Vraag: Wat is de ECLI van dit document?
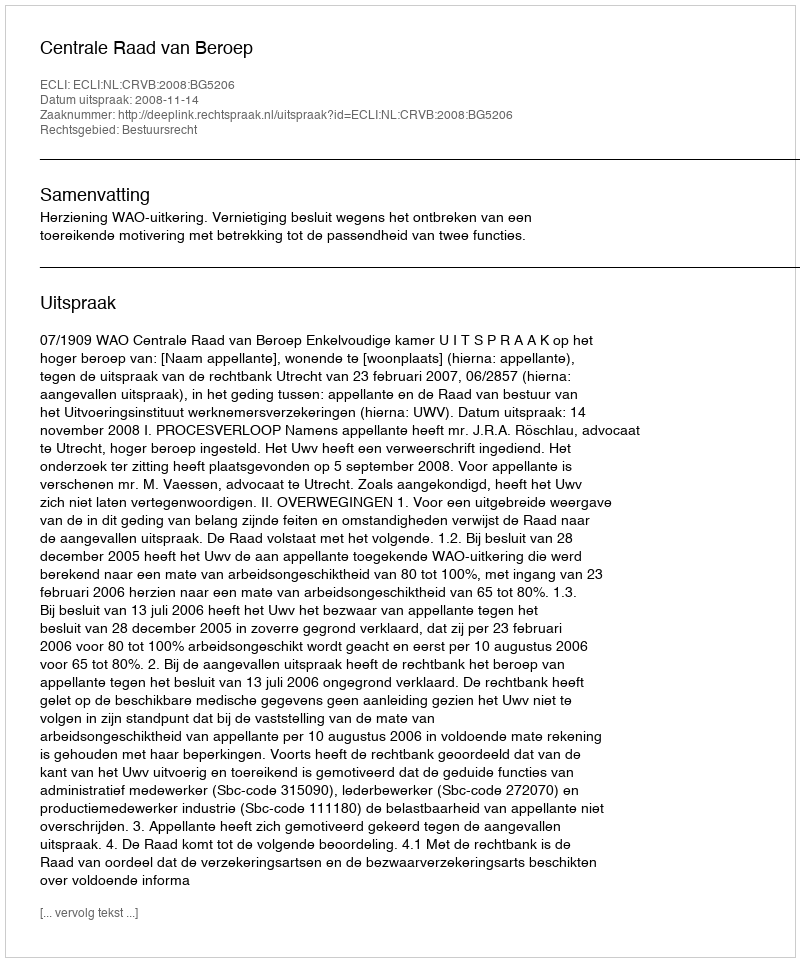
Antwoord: ECLI:NL:CRVB:2008:BG5206